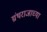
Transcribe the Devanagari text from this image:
ग्रंथराजाच्या